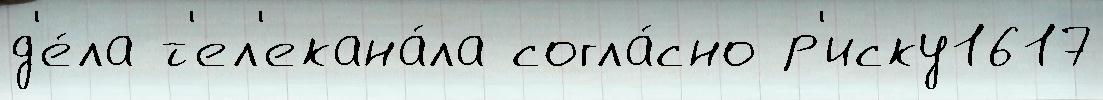
д'е́ла т'ел'екана́ла согла́сно р'иску1617